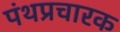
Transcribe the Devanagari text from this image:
पंथप्रचारक